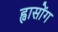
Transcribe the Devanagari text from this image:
ह्वासोंग